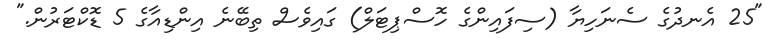
"25 އެނދުގެ ސެނަހިޔާ (ސިފައިންގެ ހޮސްޕިޓަލް) ގައިވެސް ތިބޭނެ އިންޑިއާގެ 5 ޑޮކްޓަރުން."